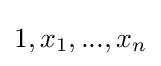
1,x_{1},...,x_{n}